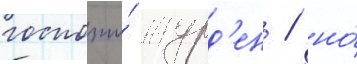
госпожи́ журд'ен / но́